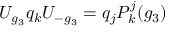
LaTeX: U _ { g _ { 3 } } q _ { k } U _ { - g _ { 3 } } = q _ { j } P _ { k } ^ { j } ( g _ { 3 } )